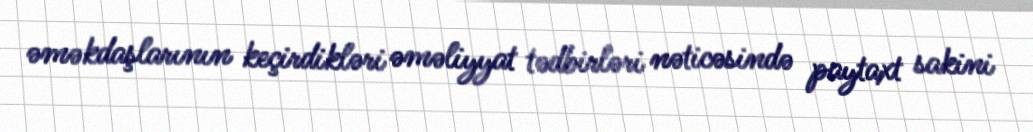
əməkdaşlarının keçirdikləri əməliyyat tədbirləri nəticəsində paytaxt sakini